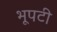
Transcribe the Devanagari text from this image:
भूपटी